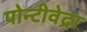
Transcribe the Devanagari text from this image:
पोन्टीवेद्रा